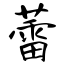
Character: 蕾